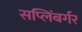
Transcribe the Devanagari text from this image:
सप्लिंबर्गर